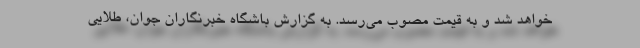
خواهد شد و به قیمت مصوب می‌رسد. به گزارش باشگاه خبرنگاران جوان، طلایی